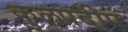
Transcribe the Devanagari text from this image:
कुलप्रदीप